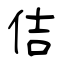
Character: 佶